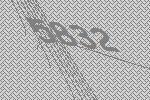
5832